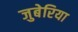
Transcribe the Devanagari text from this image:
जुबेरिया